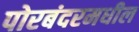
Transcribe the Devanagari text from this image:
पोरबंदरमधील